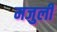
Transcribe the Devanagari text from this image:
मजुली